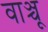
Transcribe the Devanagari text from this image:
वाञ्चू